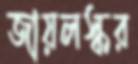
জায়লস্কর